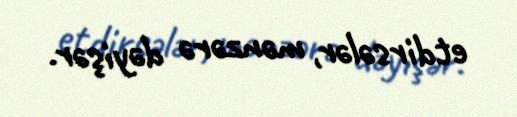
etdirsələr, mənzərə dəyişər.